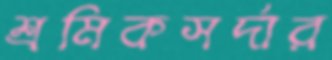
শ্রমিকসর্দার